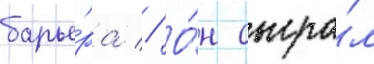
барье́ра // О́н сыгра́л